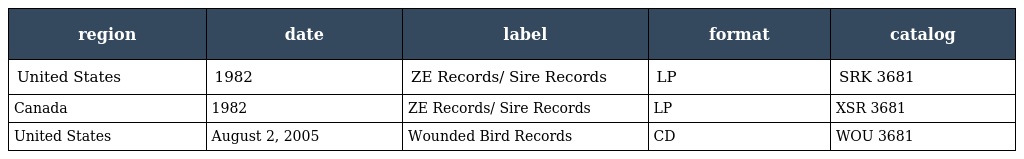
| region | date | label | format | catalog |
 | --- | --- | --- | --- | --- |
 | United States | 1982 | ZE Records/ Sire Records | LP | SRK 3681 |
 | Canada | 1982 | ZE Records/ Sire Records | LP | XSR 3681 |
 | United States | August 2, 2005 | Wounded Bird Records | CD | WOU 3681 |